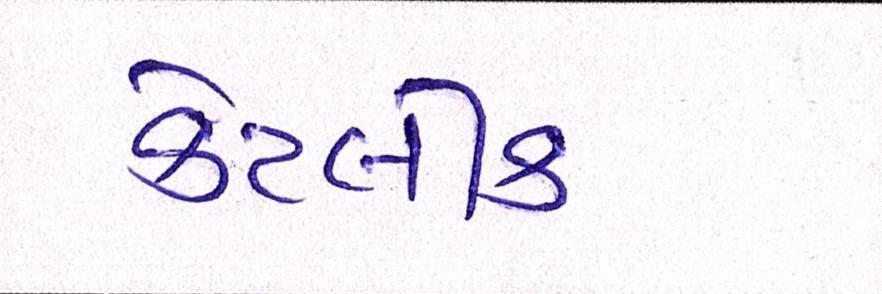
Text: કેટલીક